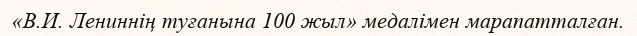
«В.И. Лениннің туғанына 100 жыл» медалімен марапатталған.